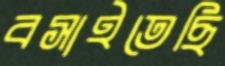
বসাইতেছি